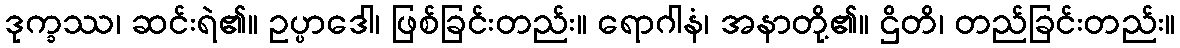
ဒုက္ခဿ၊ ဆင်းရဲ၏။ ဥပ္ပာဒေါ၊ ဖြစ်ခြင်းတည်း။ ရောဂါနံ၊ အနာတို့၏။ ဌိတိ၊ တည်ခြင်းတည်း။